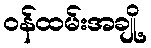
ဝန်ထမ်းအချို့